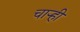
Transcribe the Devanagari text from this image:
चार्‍ही